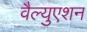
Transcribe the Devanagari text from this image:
वैल्युएशन